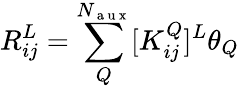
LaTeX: R_{ij}^{L}=\sum_{Q}^{N_{\mathrm{~a~u~x~}}}[K_{ij}^{Q}]^{L}\theta_{Q}